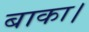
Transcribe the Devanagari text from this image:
बाका।